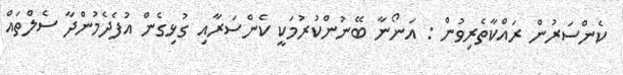
ކެންސަރުން ރައްކާތެރިވުން : އަނޯނާ ބޭނުންކުރުމަކީ ކެންސަރާއި ގުޅިގެން އުފެދެމުންދާ ސެލްތައް